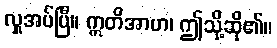
လှူအပ်ပြီ။ ဣတိအာဟ၊ ဤသို့ဆို၏။